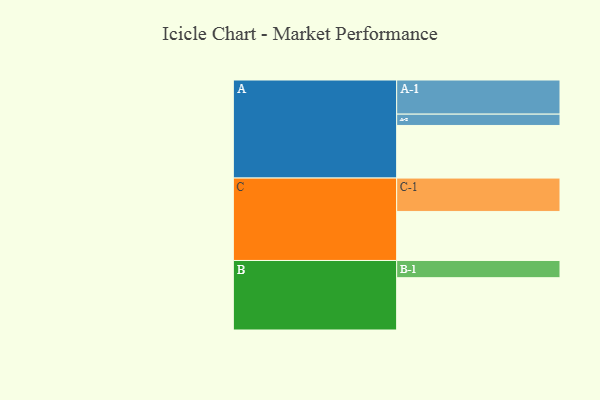
{"axis": {"x": "Segment", "y": "Value"}, "legend": ["", "A", "B", "C"], "data": [{"x": "A", "y": 339, "type": ""}, {"x": "B", "y": 337, "type": ""}, {"x": "C", "y": 316, "type": ""}, {"x": "A-1", "y": 220, "type": "A"}, {"x": "A-2", "y": 73, "type": "A"}, {"x": "B-1", "y": 111, "type": "B"}, {"x": "C-1", "y": 215, "type": "C"}]}